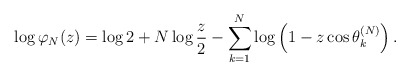
\begin{align*}\log \varphi_{N}(z) = \log 2 + N \log \frac{z}{2} - \sum_{k=1}^{N} \log \left( 1 - z \cos \theta_{k}^{(N)} \right).\end{align*}